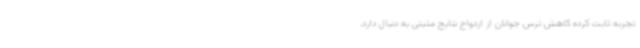
تجربه ثابت کرده کاهش ترس جوانان از ازدواج نتایج مثبتی به دنبال دارد.